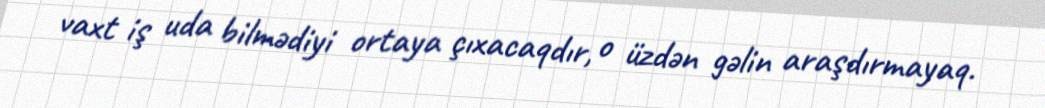
vaxt iş uda bilmədiyi ortaya çıxacaqdır, o üzdən gəlin araşdırmayaq.